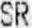
SR